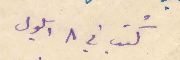
كتب في ٨ ايلول